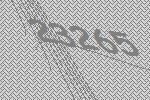
23265